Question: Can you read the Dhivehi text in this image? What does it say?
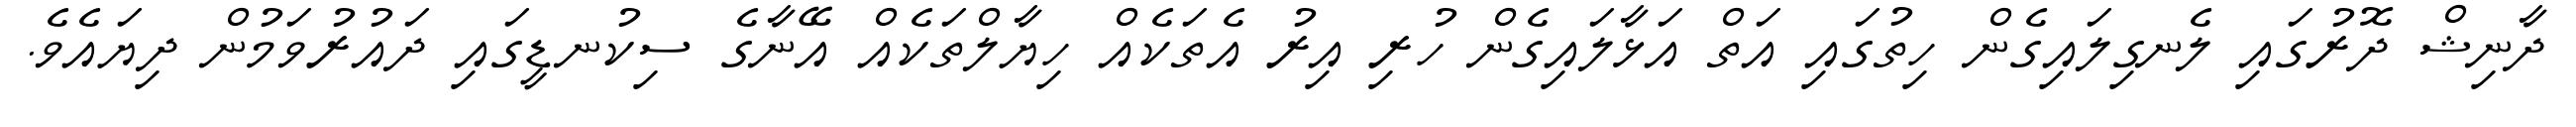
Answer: ދާނިޝް ދޮރުގައި ލެނގިލައިގެން ހިތުގައި އަތް އަޅާލައިގެން ހުރި އިރު އެތަކެއް ހިޔާލްތަކެއް އޭނާގެ ސިކުނޑީގައި ދައުރުވަމުން ދިޔައެވެ.